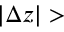
| \Delta z | >